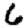
Digit: 6